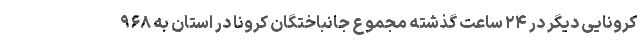
کرونایی دیگر در ۲۴ ساعت گذشته مجموع جانباختگان کرونا در استان به ۹۶۸